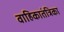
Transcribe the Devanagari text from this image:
वाहिकातंत्रिका